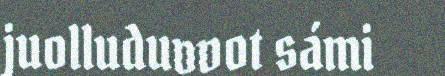
juolluduvvot sámi